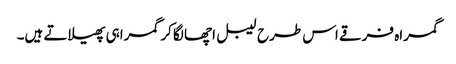
گمراہ فرقے اس طرح لیبل اچھا لگا کر گمراہی پھیلاتے ہیں۔